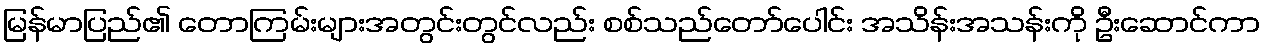
မြန်မာပြည်၏ တောကြမ်းများအတွင်းတွင်လည်း စစ်သည်တော်ပေါင်း အသိန်းအသန်းကို ဦးဆောင်ကာ